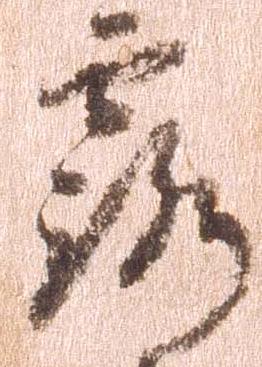
露